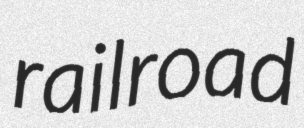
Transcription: railroad